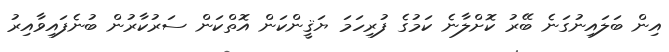
އިން ބަލައިނުގަނެ ބޭރު ކޮށްލާނެ ކަމުގެ ފުރިހަމަ ޔަޤީންކަން އޮތްކަން ސަރުކާރުން ބުނެފައިވާއިރު